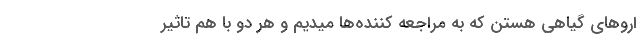
ارو‌های گیاهی هستن که به مراجعه کننده‌ها میدیم وُ هر دو با هم تاثیر